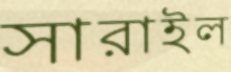
সারাইল